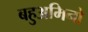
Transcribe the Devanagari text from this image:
बहुअमिनो